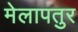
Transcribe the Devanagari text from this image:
मेलापतुर